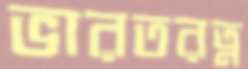
ভারতরত্ন